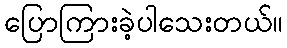
ပြောကြားခဲ့ပါသေးတယ်။